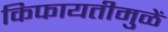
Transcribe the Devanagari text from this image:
किफायतीमुळें